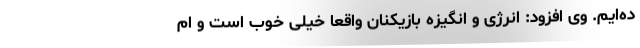
ده‌ایم. وی افزود: انرژی و انگیزه بازیکنان واقعا خیلی خوب است و ام